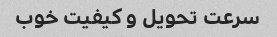
سرعت تحویل و کیفیت خوب